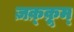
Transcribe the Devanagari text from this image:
ज़क़्क़ूम्